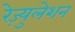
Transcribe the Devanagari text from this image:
रेज़्युलेशन